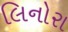
લિનોરા